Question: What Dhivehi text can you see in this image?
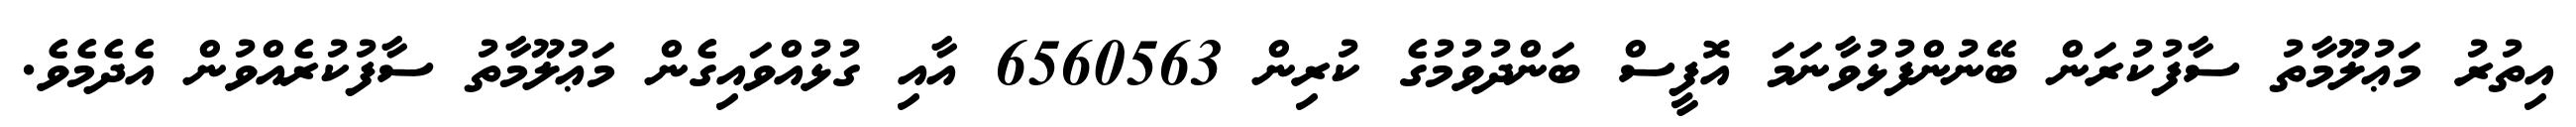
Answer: އިތުރު މަޢުލޫމާތު ސާފުކުރަން ބޭނުންފުޅުވާނަމަ އޮފީސް ބަންދުވުމުގެ ކުރިން 6560563 އާއި ގުޅުއްވައިގެން މަޢުލޫމާތު ސާފުކުރެއްވުން އެދެމެވެ.